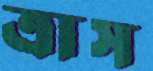
ত্রাস